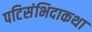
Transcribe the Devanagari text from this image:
पटिसंभिदाकथा